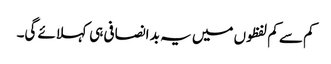
کم سے کم لفظوں میں یہ بد انصافی ہی کہلائے گی۔